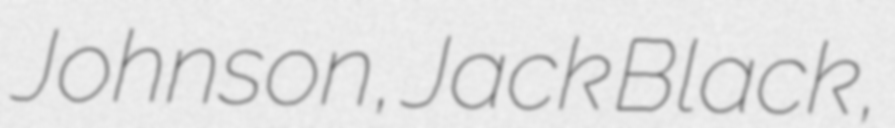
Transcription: Johnson, Jack Black,